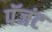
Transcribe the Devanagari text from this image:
पॅजंट